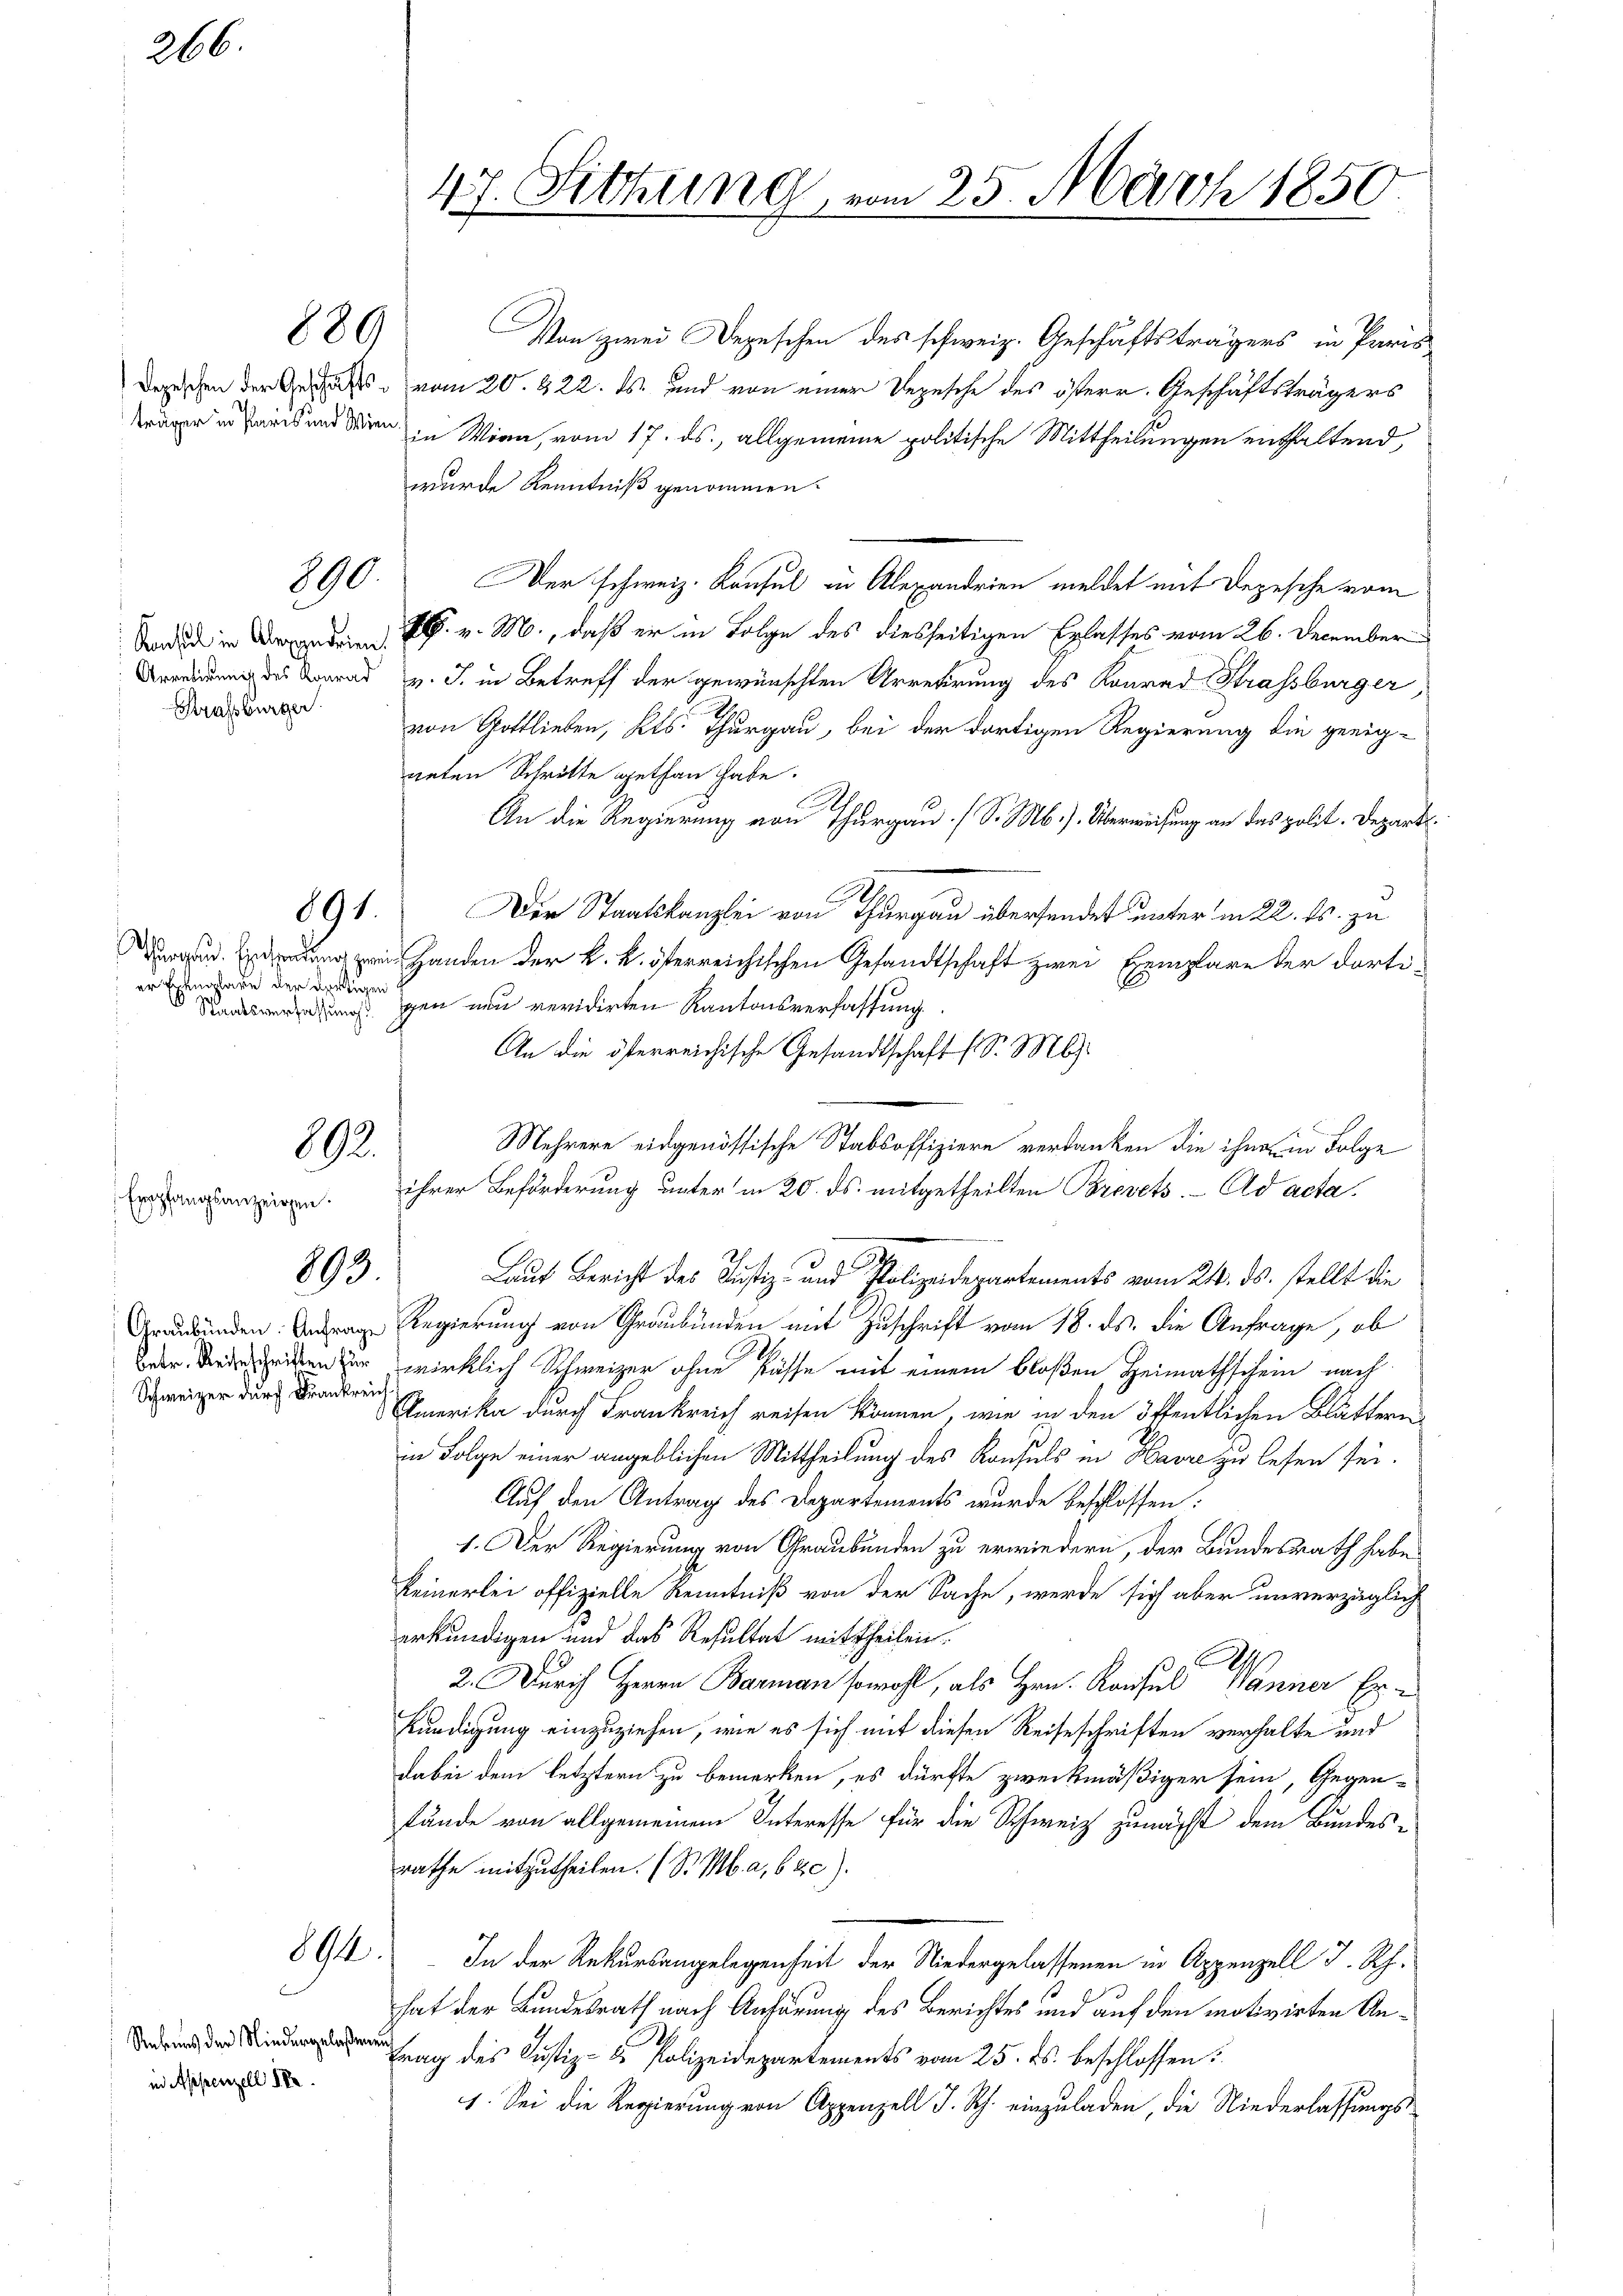
266.

träger in Paris und Wien

Strassburger.

Empfangsanzeigen

689

890.

891.

er Exemplare der dortigen
.

892.

899

Schweizer durch Frankreich

89.

Rebenes der Niedergelaßenen
in Appenzell 18

Von zwei Depeschen des schweiz. Geschäftsträgers in Paris
Depischen der Gesuches vom 20. 322. ds. und von einer Depesche des österr. Geschäftsträgers
in Worn, vom 17. ds., allgemeine politische Mittheilungen enthaltend,
wurde Kenntniß genommen.
Der schweiz. Konsul in Alexandrien meldet mit Depesche vom
Snd in den u. v. M., daß er in Folge des diesseitigen Erlasses vom 26. December
Arendung des Konrad v. J. in Betreff der gewünschten Arretirung des Konrad Strassburger
von Gottlieben, Kts. Thurgau, bei der dortigen Regierung die geeigneten Schritte gethan habe.
An die Regierung von Thurgau (S. M.). Überweisung an das polit. Departi¬
Der Staatskanzlei von Thurgau übersendet unter in 22. ds. zu
  Handen der k. k. österreichischen Gesandtschaft zwei Exemplare der dorti¬
Staatsversehungs en nun revidirten Kantonsverfassung
An die österreichische Gesandtschaft (S. M.
Mehrere eidgenössische Stabsoffiziere verdanken die ihn in Folge
ihrer Beförderung unter in 20. ds. mitgetheilten Brevets. Ad acta.
Laut Bericht des Justiz- und Polizeidepartements vom 24. ds. stellt die
Grunden Regierung von Graubünden mit Zuschrift vom 18. ds. die Anfrage, ob
eien der wirklich Schweizer ohne Füsse mit einem bloßen Heimathschein nach
Amerika durch Frankreich reisen können, wie in den öffentlichen Blättern
in Folge einer angeblichen Mittheilung des Konsuls in Havre zu lesen sei.
Auf den Antrag des Departements wurde beschlossen:
1. Der Regierung von Graubünden zu erwiedern, der Bundesrath habe
keinerlei offizielle Kenntniß von der Sache, werde sich aber unverzüglich
erkundigen und das Resultat mit Theilen.
E
.
2. Durch Herrn Barman sowohl, als Hrn. Konsul Manner Erkundigung einzuziehen, wie es sich mit diesen Reiseschriften verhalte und
dabei dem letztern zu bemerken, es dürfte zweckmäßiger sein, Gegenfände von allgemeinem Interesse für die Schweiz zunächst dem Bundesrathe mitzutheilen. (S. M. a, 620).
In der Rekursangelegenheit der Niedergelassenen in Appenzell I. Rh.
hat der Bundesrath nach Anhörung des Berichtes und auf den motivirten Antrag des Justiz- & Polizeidepartements vom 25. ds. beschlossen:
1. Sei die Regierung von Appenzell I. Rh. einzuladen, die Niederlassungs¬

47. Sitzung vom 25. März 1850.